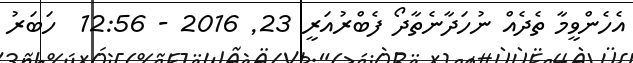
އެހެންވީމާ ތެދެއް ނުހަދާނެތާދޯ ފެބްރުއަރީ 23